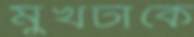
মুখটাকে